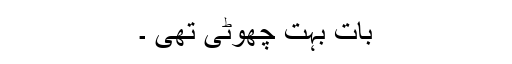
بات بہت چھوٹی تھی ۔